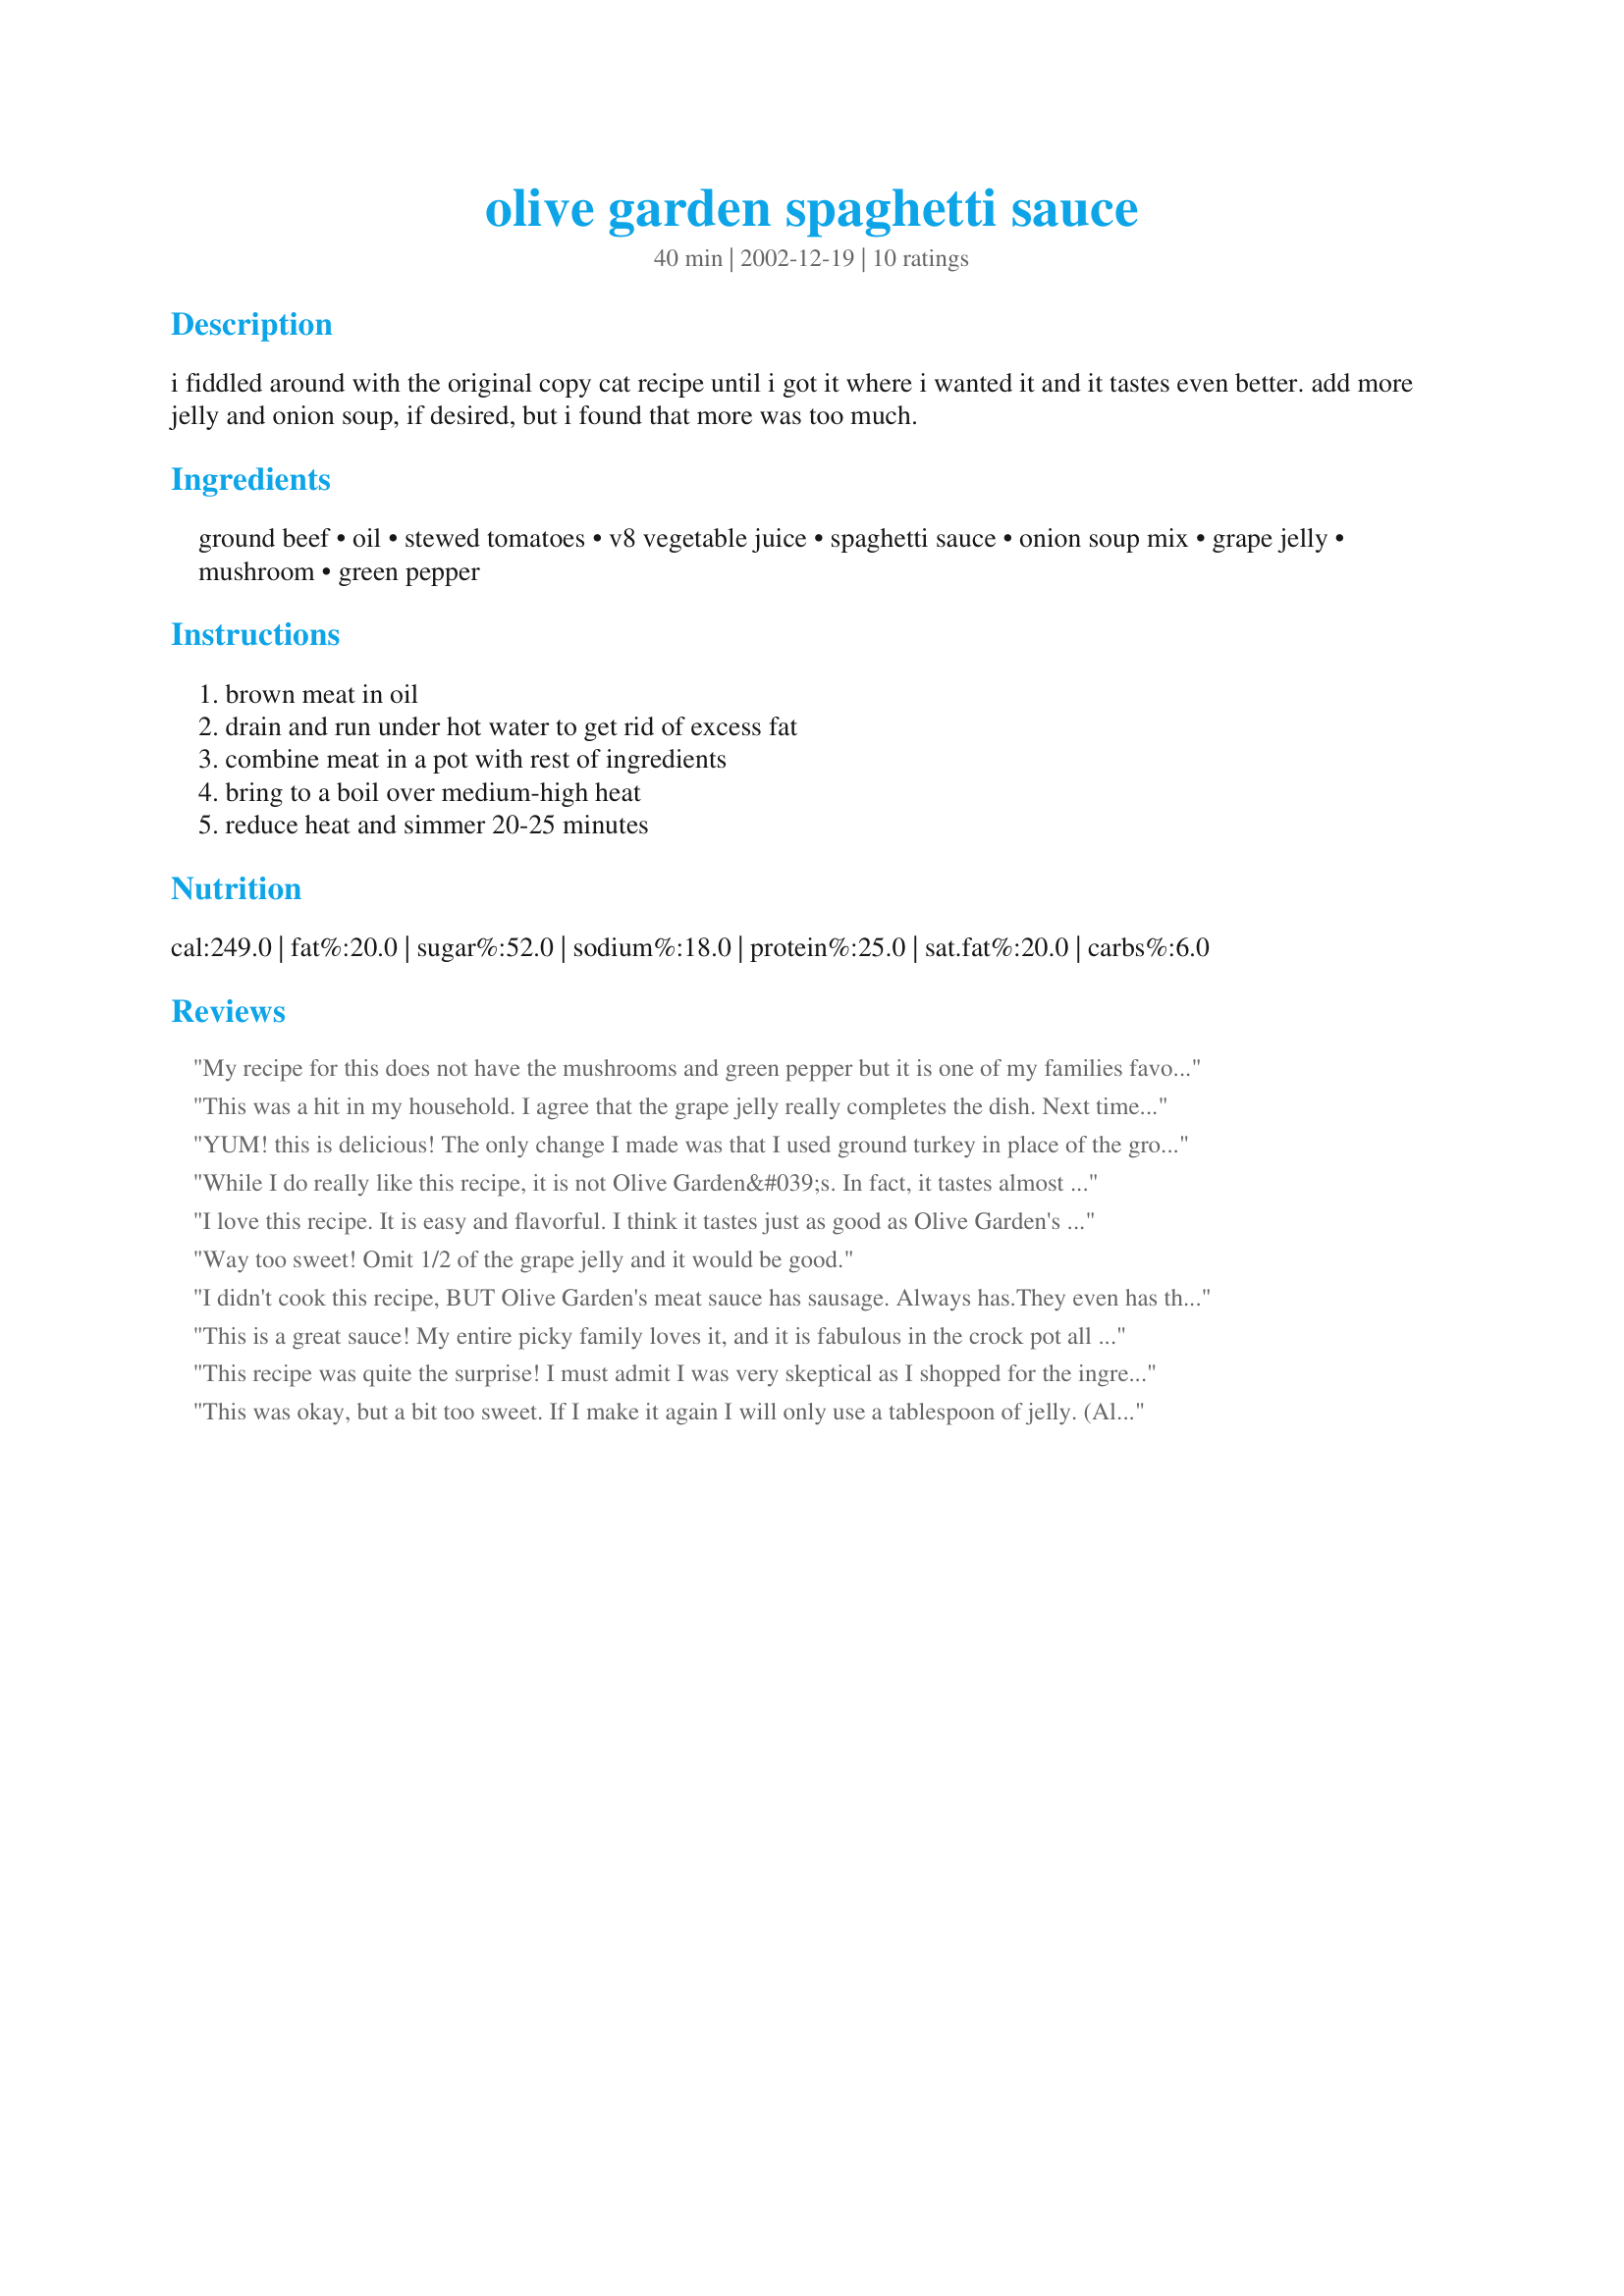
olive garden spaghetti sauce
Preparation time: 40 minutes

i fiddled around with the original copy cat recipe until i got it where i wanted it and it tastes even better. add more jelly and onion soup, if desired, but i found that more was too much.

Ingredients:
ground beef, oil, stewed tomatoes, v8 vegetable juice, spaghetti sauce, onion soup mix, grape jelly, mushroom, green pepper

Steps:
brown meat in oil, drain and run under hot water to get rid of excess fat, combine meat in a pot with rest of ingredients, bring to a boil over medium-high heat, reduce heat and simmer 20-25 minutes

Reviews:
My recipe for this does not have the mushrooms and green pepper but it is one of my families favorite sauces for pasta. I virtually takes no time to make and is delicious. The grape jelly is the twist.
This was a hit in my household. I agree that the grape jelly really completes the dish. Next time I'll triple the recipe and freeze. Thanks for sharing.
YUM! this is delicious! The only change I made was that I used ground turkey in place of the ground beef. It was amazing! I never thought using grape jelly in spaghetti sauce but now I am hooked. It was a awesome ingredient. We didn't think it was to sweet. It's one of the best spaghetti sauces I have ever had. I used this over stuffed shells <a href="/162548">Stuffed Shells</a>.
Thanks so much for sharing this delicious sauce!
While I do really like this recipe, it is not Olive Garden&#039;s. In fact, it tastes almost nothing like it. For starters, OG puts Italian sausage in their recipe. Secondly, there are no mushrooms or bell peppers in theirs either. Like I said before, I like your recipe and I use it frequently, but let&#039;s be real about its origin.
I love this recipe. It is easy and flavorful. I think it tastes just as good as Olive Garden's Spaghetti Sauce.
Way too sweet! Omit 1/2 of the grape jelly and it would be good.
I didn't cook this recipe, BUT Olive Garden's meat sauce has sausage. Always has.<br/><br/>They even has the little disclaimer (**Our meat sauce is made with with pan-seared beef and Italian sausage.) on their menu.
This is a great sauce! My entire picky family loves it, and it is fabulous in the crock pot all day too if you are going for a come home dinner. My son doesn't like "chunks of tomatoes" in his sauce, so we substitute tomato sauce for stewed tomates and omit the mushrooms and peppers. This is also (without the beef) a great sauce for chicken parmesan!
This recipe was quite the surprise! I must admit I was very skeptical as I shopped for the ingrediants ( grape jelly you say??) This is very, very good! I used sliced fresh mushrooms instead of canned ones and sauteed them separately in a little olive oil before adding them to the sauce. This is a keeper!
This was okay, but a bit too sweet. If I make it again I will only use a tablespoon of jelly. (Although it could be because I used the generic Safeway brand).
